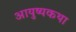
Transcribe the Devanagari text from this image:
आयुष्यकथा